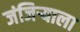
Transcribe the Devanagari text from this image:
जंजिर्‍याला